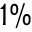
1 \%